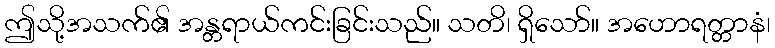
ဤသို့အသက်၏ အန္တရာယ်ကင်းခြင်းသည်။ သတိ၊ ရှိသော်။ အဟောရတ္တာနံ၊